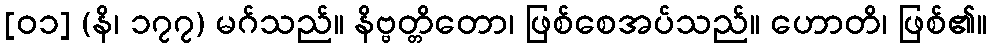
[၀၁] (နိ၊ ၁၇၇) မဂ်သည်။ နိဗ္ဗတ္တိတော၊ ဖြစ်စေအပ်သည်။ ဟောတိ၊ ဖြစ်၏။